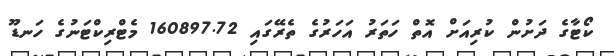
ކޯޓާގެ ދަށުން ކުރިއަށް އޮތް ހަތަރު އަހަރުގެ ތެރޭގައި 160897.72 މެޓްރިކްޓަނުގެ ހަނޑޫ